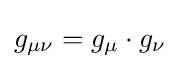
g_{\mu \nu }=g_{\mu }\cdot g_{\nu }